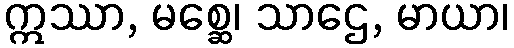
ဣဿာ, မစ္ဆေ၊ သာဌေ, မာယာ၊